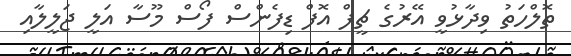
ތޮލްހަތު ވިދާޅުވީ އޭރުގެ ޗީފް އޮފް ޑިފެންސް ފޯސް މޫސާ އަލީ ޖަލީލާއި